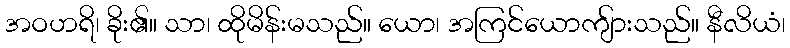
အဝဟရိ၊ ခိုး၏။ သာ၊ ထိုမိန်းမသည်။ ယော၊ အကြင်ယောကျ်ားသည်။ နီလိယံ၊